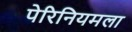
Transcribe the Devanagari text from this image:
पेरिनियमला